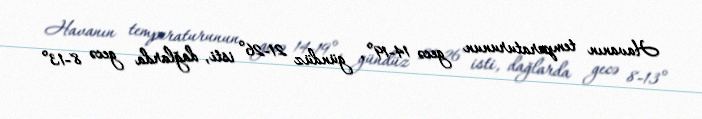
Havanın temperaturunun gecə 14-19°, gündüz 21-26° isti, dağlarda gecə 8-13°